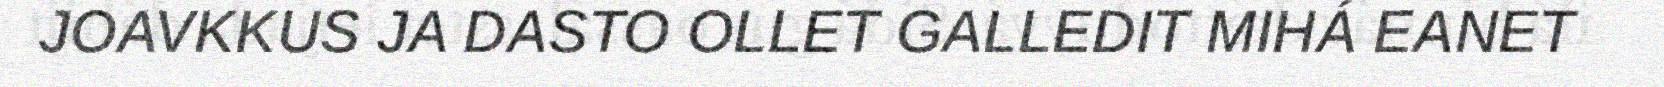
JOAVKKUS JA DASTO OLLET GALLEDIT MIHÁ EANET